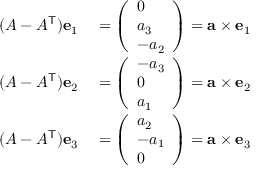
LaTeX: \begin{array} { r l } { ( A - A ^ { \mathsf { T } } ) \mathbf { e } _ { 1 } } & { { } = { \left( \begin{array} { l } { 0 } \\ { a _ { 3 } } \\ { - a _ { 2 } } \end{array} \right) } = \mathbf { a } \times \mathbf { e } _ { 1 } } \\ { ( A - A ^ { \mathsf { T } } ) \mathbf { e } _ { 2 } } & { { } = { \left( \begin{array} { l } { - a _ { 3 } } \\ { 0 } \\ { a _ { 1 } } \end{array} \right) } = \mathbf { a } \times \mathbf { e } _ { 2 } } \\ { ( A - A ^ { \mathsf { T } } ) \mathbf { e } _ { 3 } } & { { } = { \left( \begin{array} { l } { a _ { 2 } } \\ { - a _ { 1 } } \\ { 0 } \end{array} \right) } = \mathbf { a } \times \mathbf { e } _ { 3 } } \end{array}